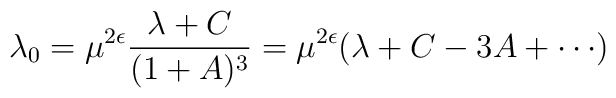
\lambda_0 = \mu^{2\epsilon} \frac{\lambda + C }{(1+ A )^3}= \mu^{2\epsilon} (\lambda + C - 3 A + \cdots)